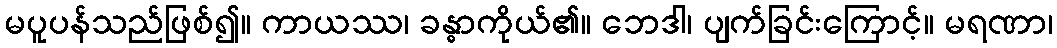
မပူပန်သည်ဖြစ်၍။ ကာယဿ၊ ခန္ဓာကိုယ်၏။ ဘေဒါ၊ ပျက်ခြင်းကြောင့်။ မရဏာ၊